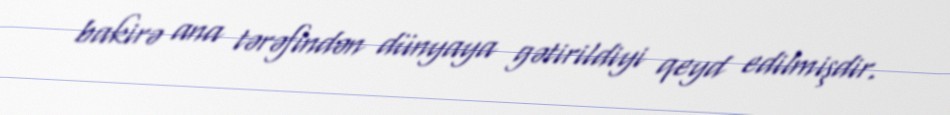
bakirə ana tərəfindən dünyaya gətirildiyi qeyd edilmişdir.